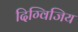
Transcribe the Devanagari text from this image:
दिग्विजिय